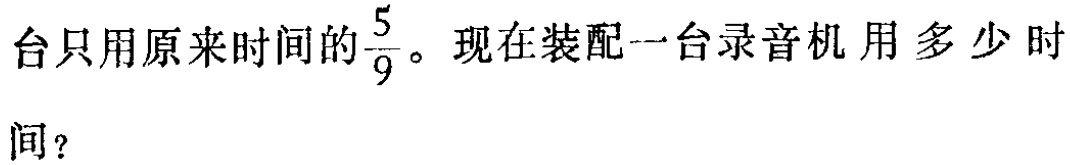
台只用原来时间的$\frac{5}{9}$。现在装配一台录音机用多少时间？